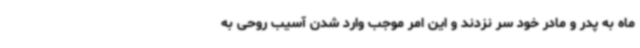
ماه به پدر و مادر خود سر نزدند و این امر موجب وارد شدن آسیب روحی به